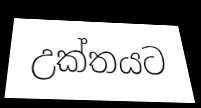
උක්තයට